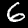
Label: 6